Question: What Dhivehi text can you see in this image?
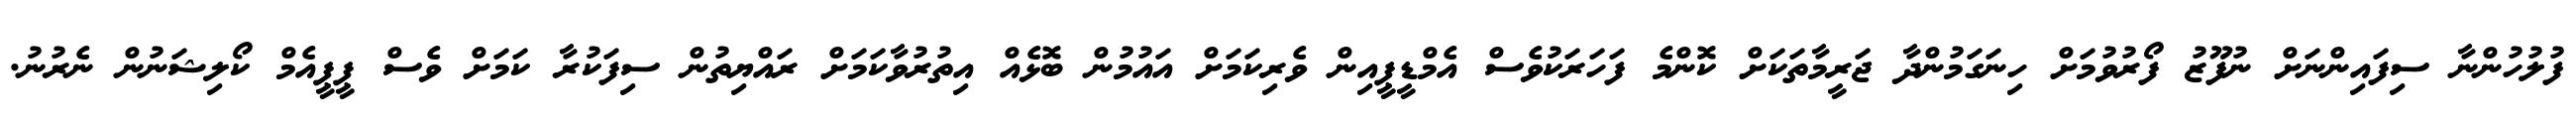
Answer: ފުލުހުންނާ ސިފައިންނަށް ނުފޫޒު ފޯރުވުމަށް ހިނަގަމުންދާ ޖަރީމާތަކަށް ކޮންމެ ފަހަރަކުވެސް އެމްޑީޕީއިން ވެރިކަމަށް އައުމުން ބޮޅެއް އިތުރުވާކަމަށް ރައްޔިތުން ސިފަކުރާ ކަމަށް ވެސް ޕީޕީއެމް ކޯލިޝަނުން ނެރުނު.